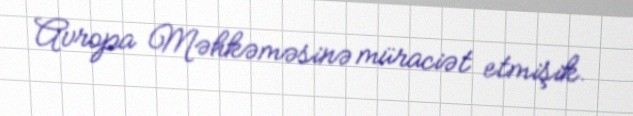
Avropa Məhkəməsinə müraciət etmişik.